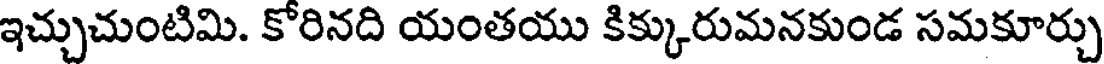
ఇచ్చుచుంటిమి. కోరినది యంతయు కిక్కురుమనకుండ సమకూర్చు